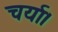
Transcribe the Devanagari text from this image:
चर्या।